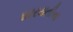
શારયતીના